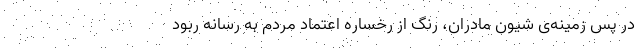
در پس زمینه‌ی شیون مادران، رنگ از رخساره اعتماد مردم به رسانه ربود